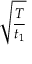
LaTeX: \sqrt { \frac { T } { t _ { 1 } } }